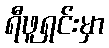
ရီဖူရှင်းမှာ